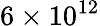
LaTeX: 6\times 10^{12}